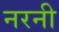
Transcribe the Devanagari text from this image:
नरनी